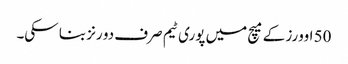
50 اوورز کے میچ میں پوری ٹیم صرف دو رنز بنا سکی۔